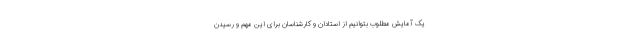
یک آمایش مطلوب بتوانیم از استادان و کارشناسان برای این مهم و رسیدن